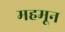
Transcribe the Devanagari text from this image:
महमून